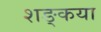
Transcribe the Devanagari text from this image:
शङ्कया